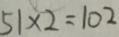
5 1 \times 2 = 1 0 2